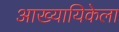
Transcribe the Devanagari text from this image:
आख्यायिकेला